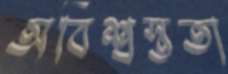
অবিশ্বস্ততা